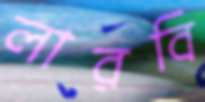
লারবি